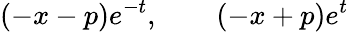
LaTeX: (-x-p)e^{-t},\qquad(-x+p)e^{t}